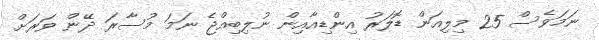
ނަމަވެސް 25 މިލިއަން ޑޮލަރު އިންޑިއާއިން ނުލިބިއްޖެ ނަމަ މުސާރަ ދޭން ވަރަށް